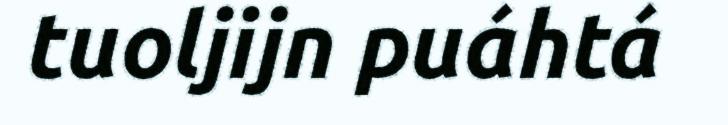
tuoljijn puáhtá